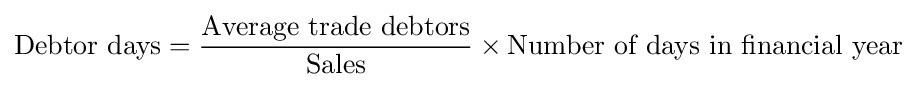
{\mbox{Debtor days}}={\frac {\mbox{Average trade debtors}}{\mbox{Sales}}}\times {\mbox{Number of days in financial year}}